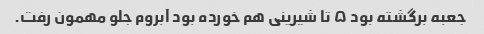
جعبه برگشته بود ۵ تا شیرینی هم خورده بود آبروم جلو مهمون رفت.